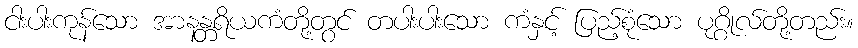
ငါးပါးကုန်သော အာနန္တရိယကံတို့တွင် တပါးပါးသော ကံနှင့် ပြည့်စုံသော ပုဂ္ဂိုလ်တို့တည်း။